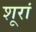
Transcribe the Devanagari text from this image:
शूरां